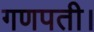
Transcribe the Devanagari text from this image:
गणपती।